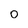
Character: 0